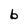
Character: 6